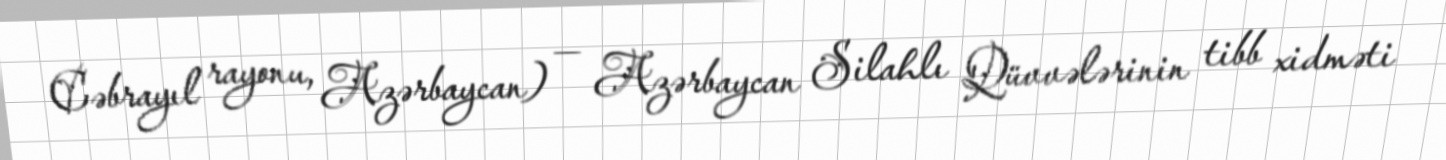
Cəbrayıl rayonu, Azərbaycan) — Azərbaycan Silahlı Qüvvələrinin tibb xidməti